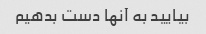
بیایید به آنها دست بدهیم